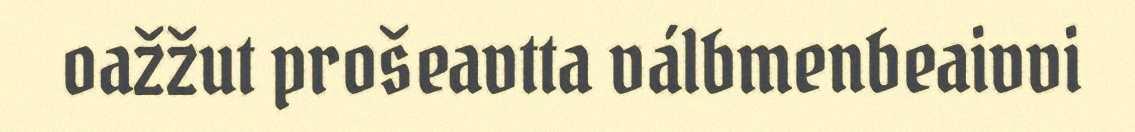
oažžut prošeavtta válbmenbeaivvi